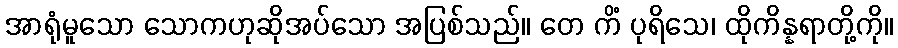
အာရုံမူသော သောကဟုဆိုအပ်သော အပြစ်သည်။ တေ ကိံ ပုရိသေ၊ ထိုကိန္နရာတို့ကို။